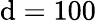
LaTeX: \mathrm{d}=100